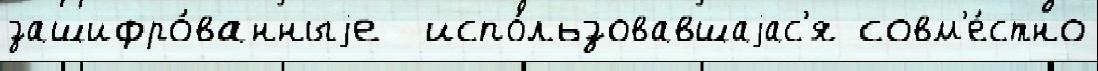
зашифро́ванныjе  испо́льзовавшаjас'я совм'е́стно